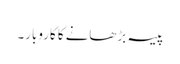
پیسہ بڑھانے کا کاروبار۔